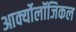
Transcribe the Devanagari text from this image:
आर्क्योलॉजिकल